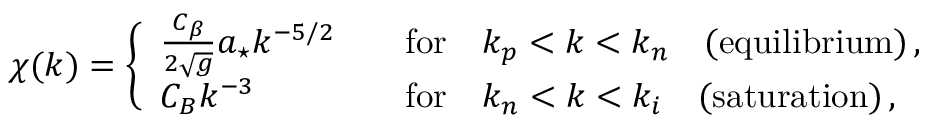
\chi ( k ) = \Bigg \{ \begin{array} { l l } { \frac { C _ { \beta } } { 2 \sqrt { g } } a _ { \star } k ^ { - 5 / 2 } \quad } & { \mathrm { f o r } \quad k _ { p } < k < k _ { n } \quad \mathrm { ( e q u i l i b r i u m ) } \, , } \\ { C _ { B } k ^ { - 3 } \quad } & { \mathrm { f o r } \quad k _ { n } < k < k _ { i } \quad \mathrm { ( s a t u r a t i o n ) } \, , } \end{array}